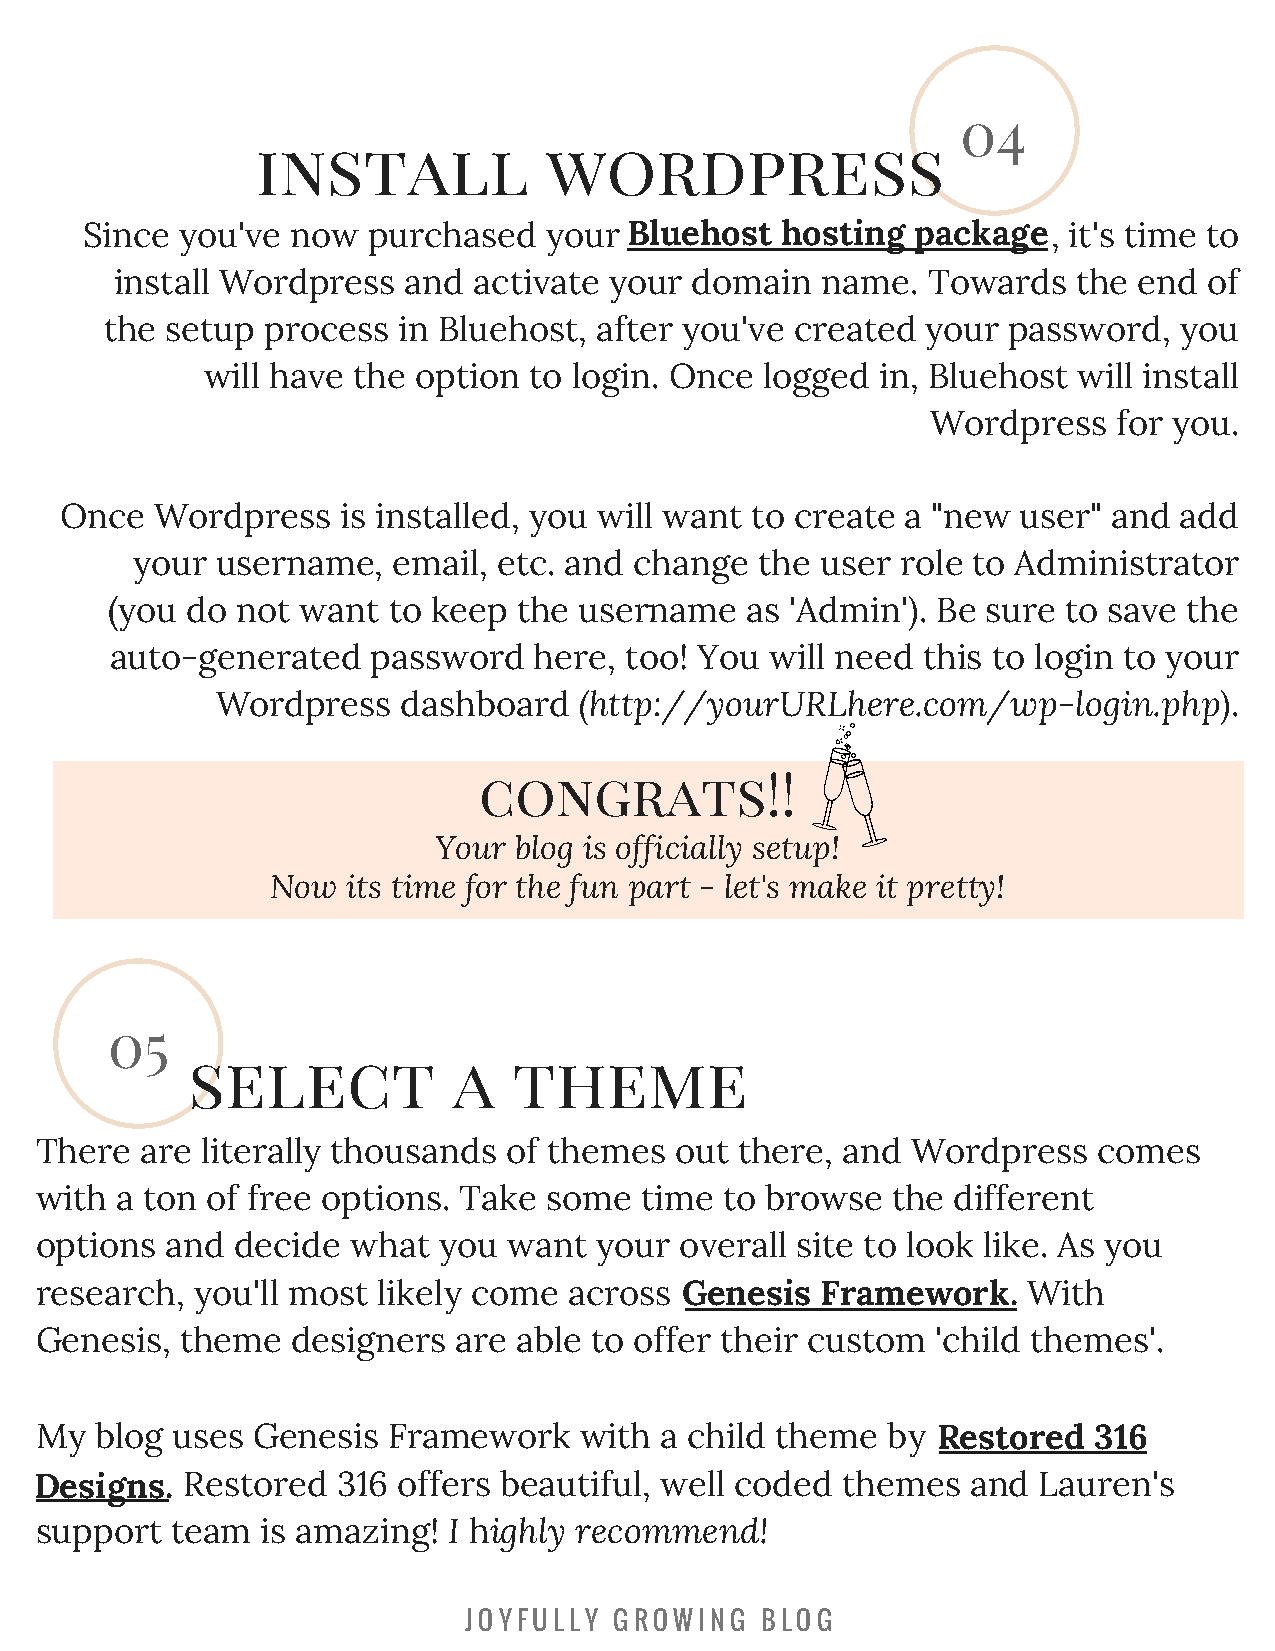
04
 install            wordpress
 Since  you've now  purchased   your BBlluueehhoosstt hhoossttiinngg ppaacckkaaggee, it's time to
 install Wordpress  and activate your  domain  name.  Towards   the end  of
 the setup  process in Bluehost, after you've  created your  password,  you
 will have the option  to login. Once  logged in, Bluehost will install
 Wordpress   for you.
 Once  Wordpress    is installed, you will want to create a "new user" and add
 your username,   email, etc. and change  the user  role to Administrator
 (you do  not want  to keep the username   as 'Admin'). Be sure  to save the
 auto-generated    password  here, too! You  will need this to login to your
 Wordpress    dashboard  (http://yourURLhere.com/wp-login.php).
 congrats!!
 Your blog is officially setup!
 Now  its time for the fun part - let's make it pretty!
 05
 select            a   theme
 There  are literally thousands  of themes  out there, and Wordpress    comes
 with  a ton of free options. Take some  time  to browse  the different
 options  and  decide what  you  want your  overall site to look like. As you
 research,  you'll most likely come  across GGeenneessiiss FFrraammeewwoorrkk.. With
 Genesis,  theme  designers  are able to offer their custom  'child themes'.
 My  blog uses  Genesis  Framework   with  a child theme  by RReessttoorreedd 331166
 DDeessiiggnnss.. Restored 316 offers beautiful, well coded themes and Lauren's
 support  team  is amazing!  I highly recommend!
 J O Y F U L L Y G R O W I N G B L O G